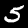
Digit: 5